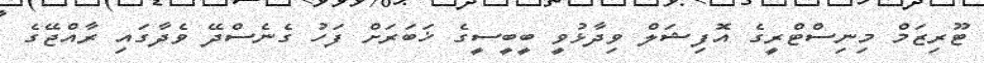
ޓޫރިޒަމް މިނިސްޓްރީގެ އޮފިޝަލް ވިދާޅުވީ ބީބީސީގެ ޚަބަރަށް ފަހު ގެނެސްދޭ ވެދާގައި ރާއްޖޭގެ